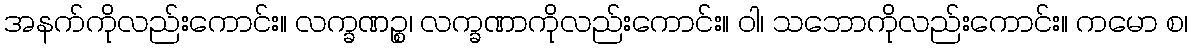
အနက်ကိုလည်းကောင်း။ လက္ခဏဉ္စ၊ လက္ခဏာကိုလည်းကောင်း။ ဝါ၊ သဘောကိုလည်းကောင်း။ ကမော စ၊